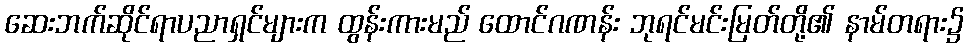
ဆေးဘက်ဆိုင်ရာပညာရှင်များက ထွန်းကားမည် ထောင်ဂဏန်း ဘုရင်မင်းမြတ်တို့၏ နာမ်တရား၌